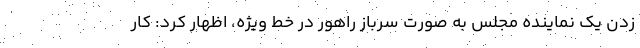
زدن یک نماینده مجلس به صورت سرباز راهور در خط ویژه، اظهار کرد: کار